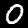
Digit: 0